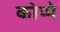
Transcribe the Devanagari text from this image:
कोप्पे